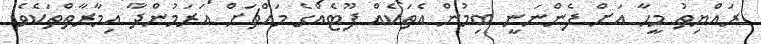
ރައްޔިތު މީހާ އަށް ފެންނަަނީ ބިމުން އެތަކެއް ފޫޓެއްގެ މައްޗަށް އަރަމުންދާ އިމާރާތްތަކެވެ.